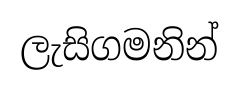
ලැසිගමනින්